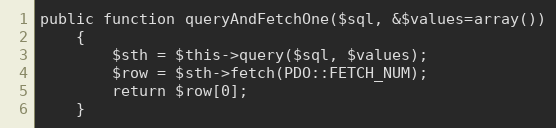
Language: PHP
public function queryAndFetchOne($sql, &$values=array())
	{
		$sth = $this->query($sql, $values);
		$row = $sth->fetch(PDO::FETCH_NUM);
		return $row[0];
	}